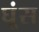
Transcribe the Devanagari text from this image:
घूंस